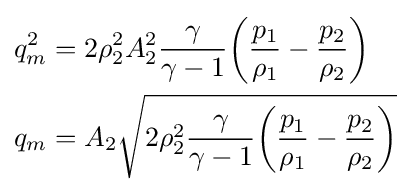
{\begin{aligned}q_{m}^{2}&=2\rho _{2}^{2}A_{2}^{2}{\frac {\gamma }{\gamma -1}}{\bigg (}{\frac {p_{1}}{\rho _{1}}}-{\frac {p_{2}}{\rho _{2}}}{\bigg )}\\q_{m}&=A_{2}{\sqrt {2\rho _{2}^{2}{\frac {\gamma }{\gamma -1}}{\bigg (}{\frac {p_{1}}{\rho _{1}}}-{\frac {p_{2}}{\rho _{2}}}{\bigg )}}}\end{aligned}}